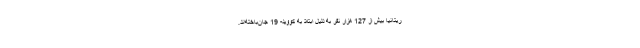
ریتانیا بیش از 127 هزار نفر به دلیل ابتلا به کووید- 19 جان‌باخته‌اند.